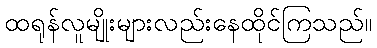
ထရုန်လူမျိုးများလည်းနေထိုင်ကြသည်။